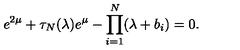
e ^ { 2 \mu } + \tau _ { N } ( \lambda ) e ^ { \mu } - \prod _ { i = 1 } ^ { N } ( \lambda + b _ { i } ) = 0 .